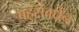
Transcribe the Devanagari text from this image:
बहुसंवर्धन